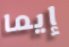
إيما